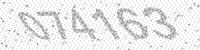
Solution: 074163